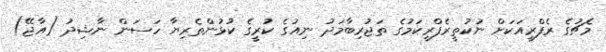
މެޗުގެ ރެފްރީއަކަށް ނުކުތީރެފްރީކަމުގެ ތަޖުރިބާމަދު ނިއުގެ ކުރީގެ ކުޅުންތެރިޔާ ހަސަން ނާޝިދު (އާޖޭ)